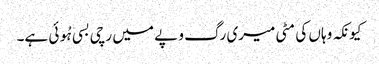
کیونکہ وہاں کی مٹی میری رگ و پے میں رچی بسی ہُوئی ہے۔